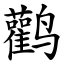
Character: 鹳